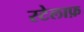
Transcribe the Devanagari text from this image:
स्टेलाफ़